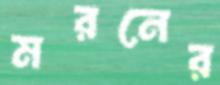
মরনের